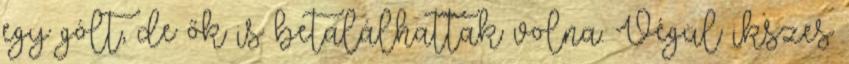
egy gólt, de ők is betalálhattak volna. Végül ikszes